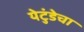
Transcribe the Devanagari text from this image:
येटुंडेचा